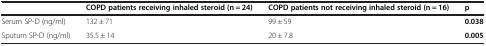
|  | COPD patients receiving inhaled steroid (n = 24) | COPD patients not receiving inhaled steroid (n = 16) | p |
 | --- | --- | --- | --- |
 | Serum SP-D (ng/ml) | 132 ± 71 | 99 ± 59 | 0.038 |
 | Sputum SP-D (ng/ml) | 35.5 ± 14 | 20 ± 7.8 | 0.005 |